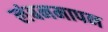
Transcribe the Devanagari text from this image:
लंबनमापन